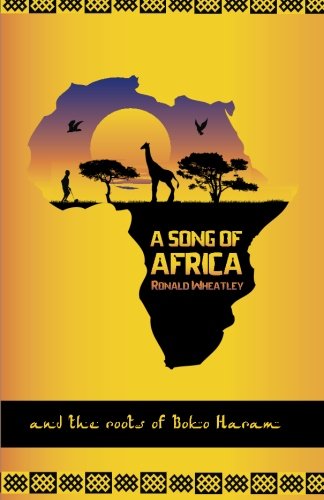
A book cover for A Song of Africa; Mr. Ronald B Wheatley; Travel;